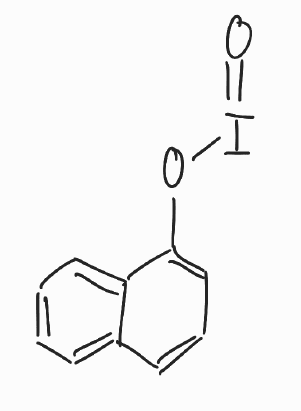
Simplified molecular-input line-entry system (SMILES) notation of the given molecule:
C1=CC=C2C(=C1)C=CC=C2OI=O